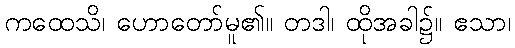
ကထေသိ၊ ဟောတော်မူ၏။ တဒါ၊ ထိုအခါ၌။ ဧသာ၊